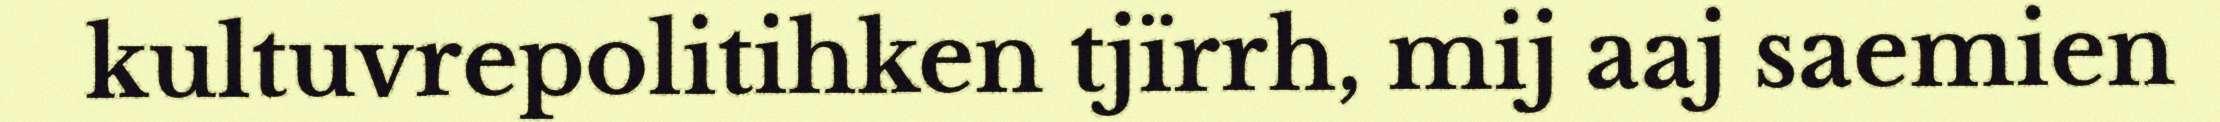
kultuvrepolitihken tjïrrh, mij aaj saemien